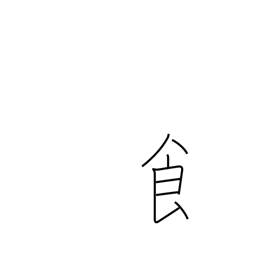
Meaning: radical number 184